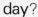
day?